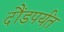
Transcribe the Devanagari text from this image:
दौंडपर्यंत